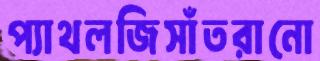
প্যাথলজিসাঁতরানো